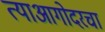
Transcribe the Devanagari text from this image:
त्याआगोदरचा